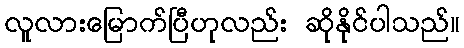
လူလားမြောက်ပြီဟုလည်း ဆိုနိုင်ပါသည်။